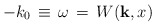
\begin{align*}-k_0 {\,}\equiv{\,} \omega {\,}={\,} W({\bf k},x)\end{align*}